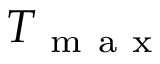
T _ { \mathrm { ~ m ~ a ~ x ~ } }